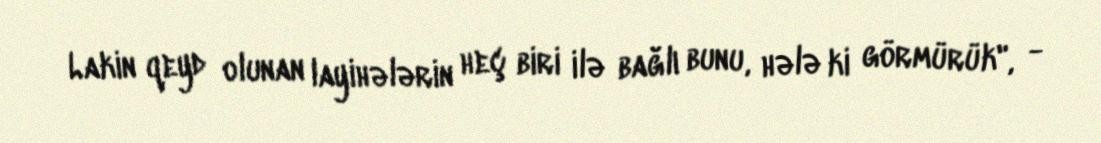
Lakin qeyd olunan layihələrin heç biri ilə bağlı bunu, hələ ki görmürük", -